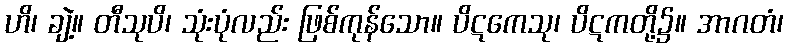
ဟိ၊ ချဲ့။ တီသုပိ၊ သုံးပုံလည်း ဖြစ်ကုန်သော။ ပိဋကေသု၊ ပိဋကတို့၌။ အာဂတံ၊